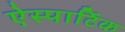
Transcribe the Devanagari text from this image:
ऐस्पार्टिक